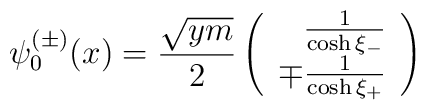
\psi_{0}^{(\pm)}(x) = \frac{\sqrt{ym}}{2} \left(\begin{array}{r} \frac{1}{\cosh \xi_{-}} \\ \mp \frac{1}{\cosh \xi_{+}}\end{array} \right)